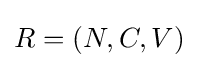
R=(N,C,V)